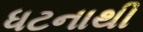
ધટનાથી